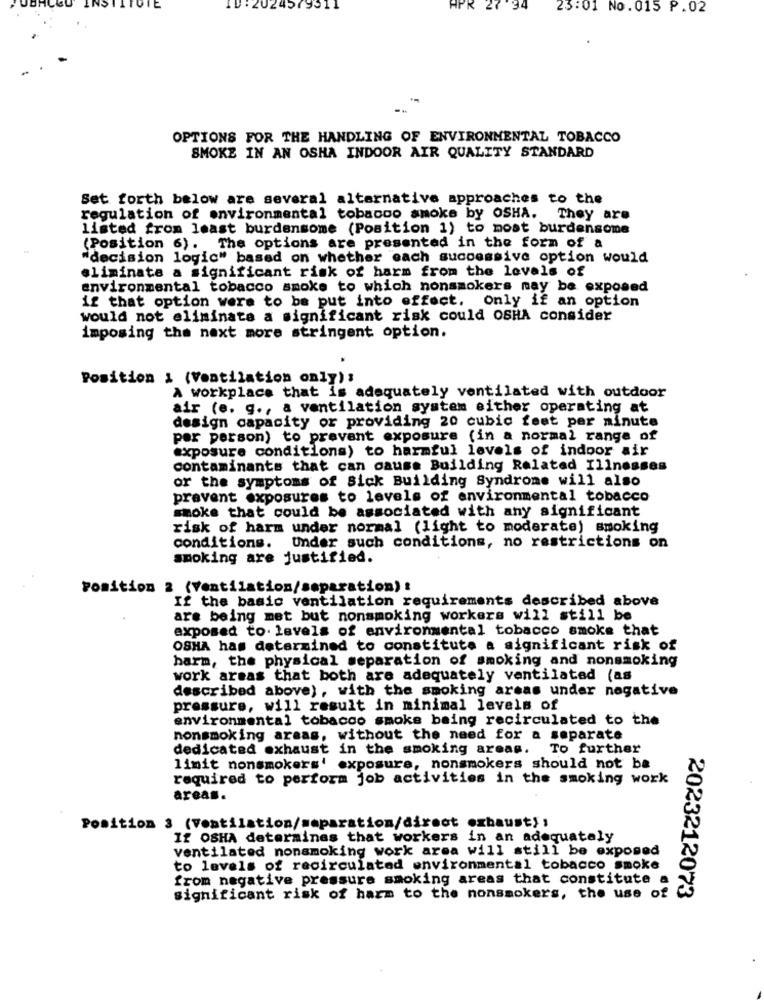
24579511
APR 27 34
23:01 No. 015 P.02
OPTIONS FOR THE HANDLING OF ENVIRONMENTAL TOBACCO
SMOKE IN AN OSHA INDOOR AIR QUALITY STANDARD
Set forth below are several alternative approaches to the
regulation of environmental tobacco smoke by OSHA. They are
listed from least burdensome (Position 1) to most burdensome
(Position 6). The options are presented in the form of a
"decision logic" based on whether each successive option would
eliminate a significant risk of harm from the levels of
environmental tobacco smoke to which nonsmokers may be exposed
if that option were to be put into effect. Only if an option
would not eliminate a significant risk could OSHA consider
imposing the next more stringent option.
Position : (Ventilation only):
A workplace that is adequately ventilated with outdoor
air (e. g ., a ventilation system either operating at
design capacity or providing 20 cubic feet per minute
per person) to prevent exposure (in a normal range of
exposure conditions) to harmful levels of indoor air
contaminants that can cause Building Related Illnesses
or the symptoms of Sick Building Syndrome will also
pravent exposures to levels of environmental tobacco
smoke that could be associated with any significant
risk of harm under normal (light to moderate) smoking
conditions. Under such conditions, no restrictions on
smoking are justified.
Position 2 (Ventilation/separation) :
If the basic ventilation requirements described above
are being met but nonsmoking workers will still be
exposed to. levels of environmental tobacco smoke that
OSHA has determined to constitute a significant risk of
barm, the physical separation of smoking and nonsmoking
work areas that both are adequately ventilated (as
described above), with the smoking areas under negative
pressure, will result in minimal levels of
environmental tobacco smoke baing recirculated to the
nonsmoking areas, without the need for a separate
dedicated exhaust in the smoking areas.
TO further
limit nonsmokers' exposure, nonsmokers should not be
required to perform job activities in the smoking work
areas.
Position 3 (Ventilation/maparation/direct exhaust) :
If OSHA determines that workers in an adequately
ventilated nonsmoking work area will still be exposed
to levels of recirculated environmental tobacco smoke
from negative pressure smoking areas that constitute a
significant risk of harm to the nonsmokers, the use of
2023212073